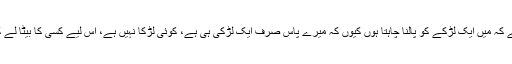
موٴدبانہ عرض ہے کہ میں ایک لڑکے کو پالنا چاہتا ہوں کیوں کہ میرے پاس صرف ایک لڑکی ہی ہے، کوئی لڑکا نہیں ہے، اس لیے کسی کا بیٹا لے کر پالنا چاہتا ہوں۔